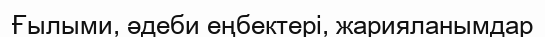
Ғылыми, әдеби еңбектері, жарияланымдар